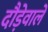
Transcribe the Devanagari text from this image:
दौड़ेवाले